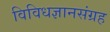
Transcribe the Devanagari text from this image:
विविधज्ञानसंग्रह